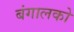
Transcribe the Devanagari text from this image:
बंगालको